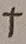
Text: +